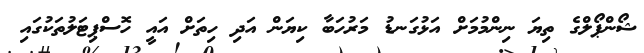
ޝޯންޕޯލްގެ ތިޔަ ނިންމުމަށް އަޅުގަނޑު މަރުހަބާ ކިޔަން އަދި ހިތަށް އައީ ހޮސްޕިޓަލުތަކުގައި